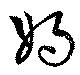
媧